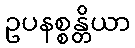
ဥပနစ္စန္တိယာ